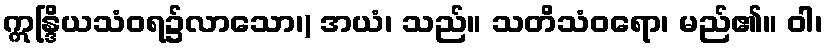
ဣန္ဒြိယသံဝရ၌လာသော၊) အယံ၊ သည်။ သတိသံဝရော၊ မည်၏။ ဝါ၊